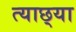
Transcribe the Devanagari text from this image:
त्याछ्या